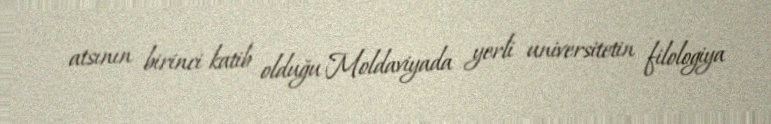
atsının birinci katib olduğu Moldaviyada yerli universitetin filologiya